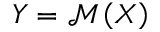
\boldsymbol { Y } = \mathcal { M } \left( \boldsymbol { X } \right)